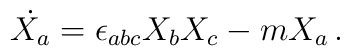
\dot{X_a} = \epsilon_{abc} X_bX_c - m X_a \, .~~